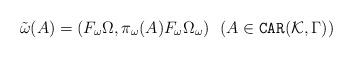
LaTeX: \begin{align*} \tilde{\omega}(A) = (F_\omega\Omega, \pi_\omega(A) F_\omega\Omega_\omega) \ \ (A \in {\tt CAR}(\mathcal{K},\Gamma))\end{align*}